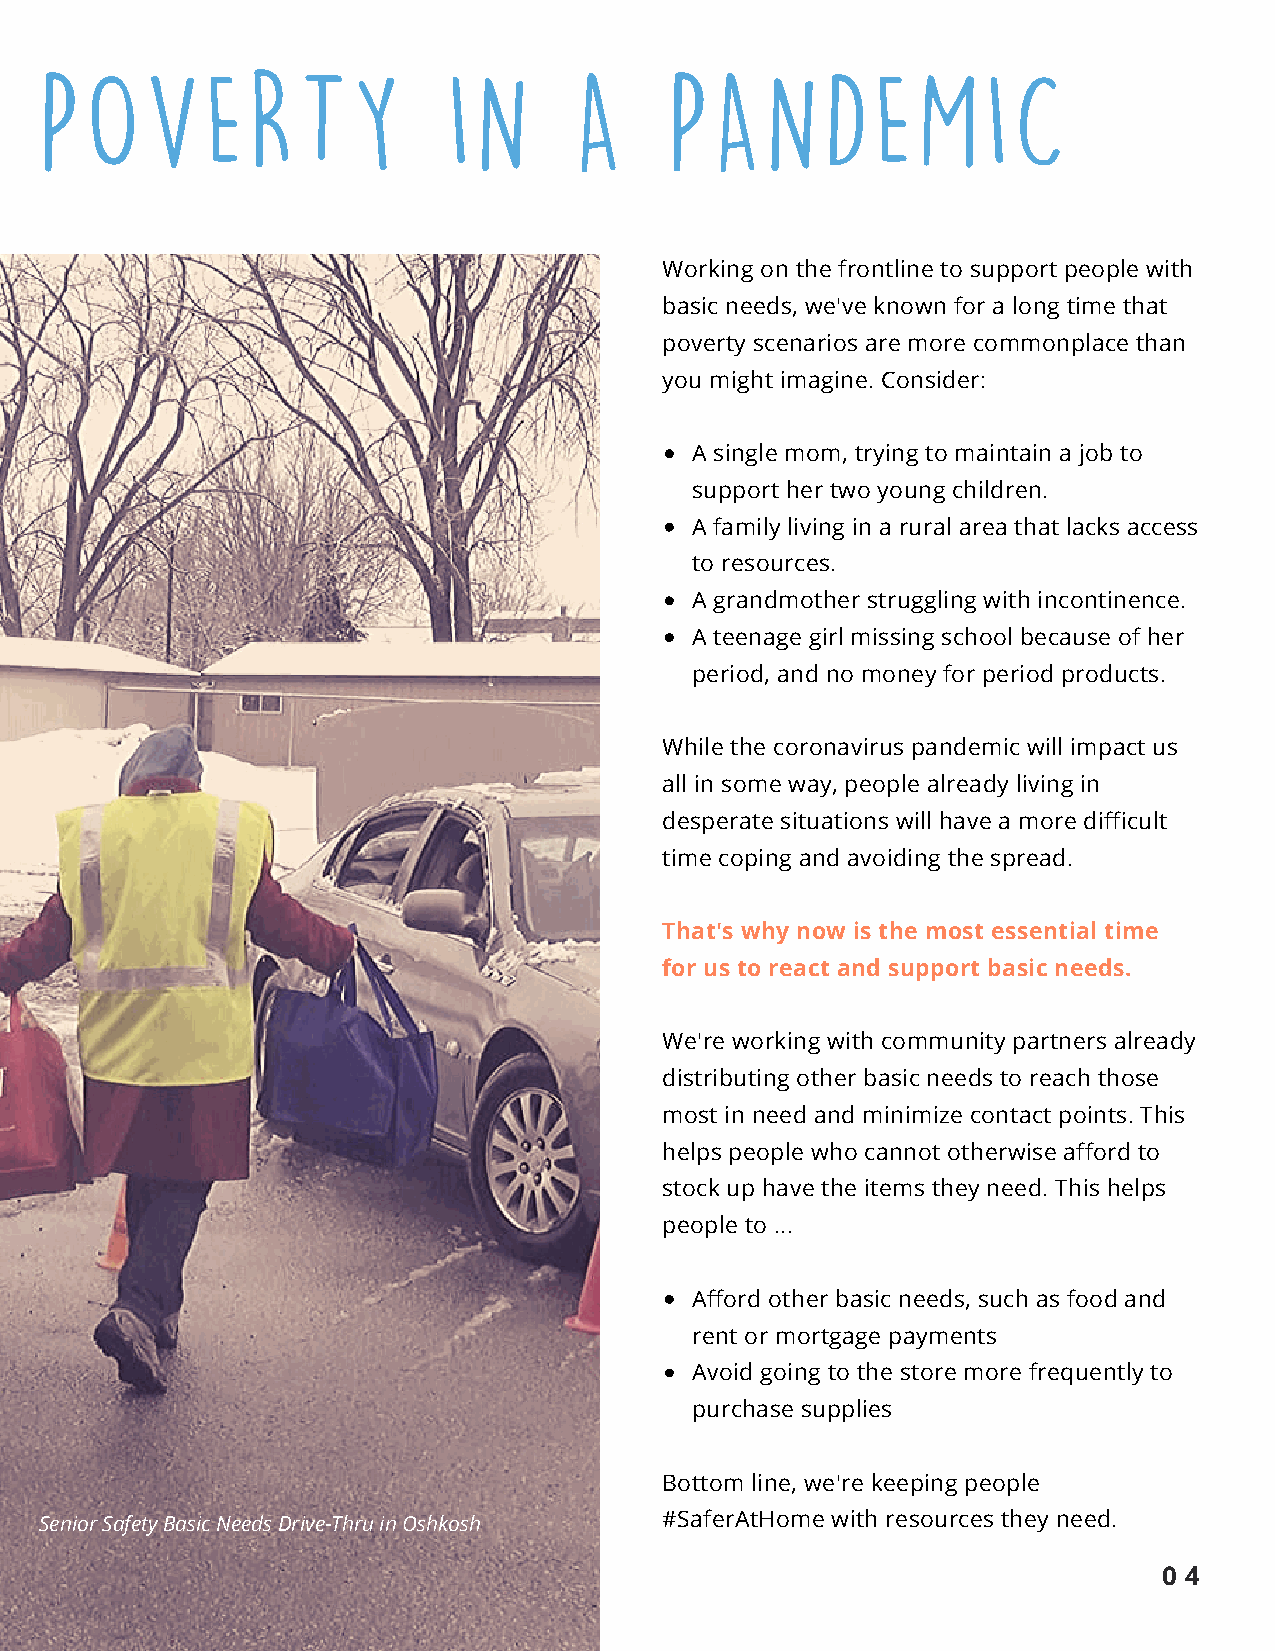
POVERTY                    IN      A     PANDEMIC
 Working on the frontline to support people with
 basic needs, we've known for a long time that
 poverty scenarios are more commonplace than
 you might imagine. Consider:
 A single mom, trying to maintain a job to
 support her two young children.
 A family living in a rural area that lacks access
 to resources.
 A grandmother struggling with incontinence.
 A teenage girl missing school because of her
 period, and no money for period products.
 While the coronavirus pandemic will impact us
 all in some way, people already living in
 desperate situations will have a more difficult
 time coping and avoiding the spread.
 That's why now is the most essential time
 for us to react and support basic needs.
 We're working with community partners already
 distributing other basic needs to reach those
 most in need and minimize contact points. This
 helps people who cannot otherwise afford to
 stock up have the items they need. This helps
 people to ...
 Afford other basic needs, such as food and
 rent or mortgage payments
 Avoid going to the store more frequently to
 purchase supplies
 Bottom line, we're keeping people
 Senior Safety Basic Needs Drive-Thru in Oshkosh #SaferAtHome with resources they need.
 0 4